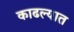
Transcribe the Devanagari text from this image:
काढल्यात